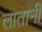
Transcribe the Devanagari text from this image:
लातानी